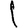
Digit: 1